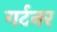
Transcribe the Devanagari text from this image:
गर्टनर